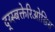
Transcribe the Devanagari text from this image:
द्य्स्बक्तेरिओसिस